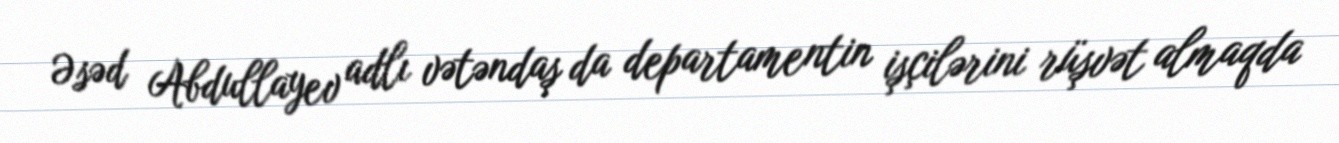
Əsəd Abdullayev adlı vətəndaş da departamentin işçilərini rüşvət almaqda